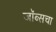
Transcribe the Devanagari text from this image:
जॉब्सचा